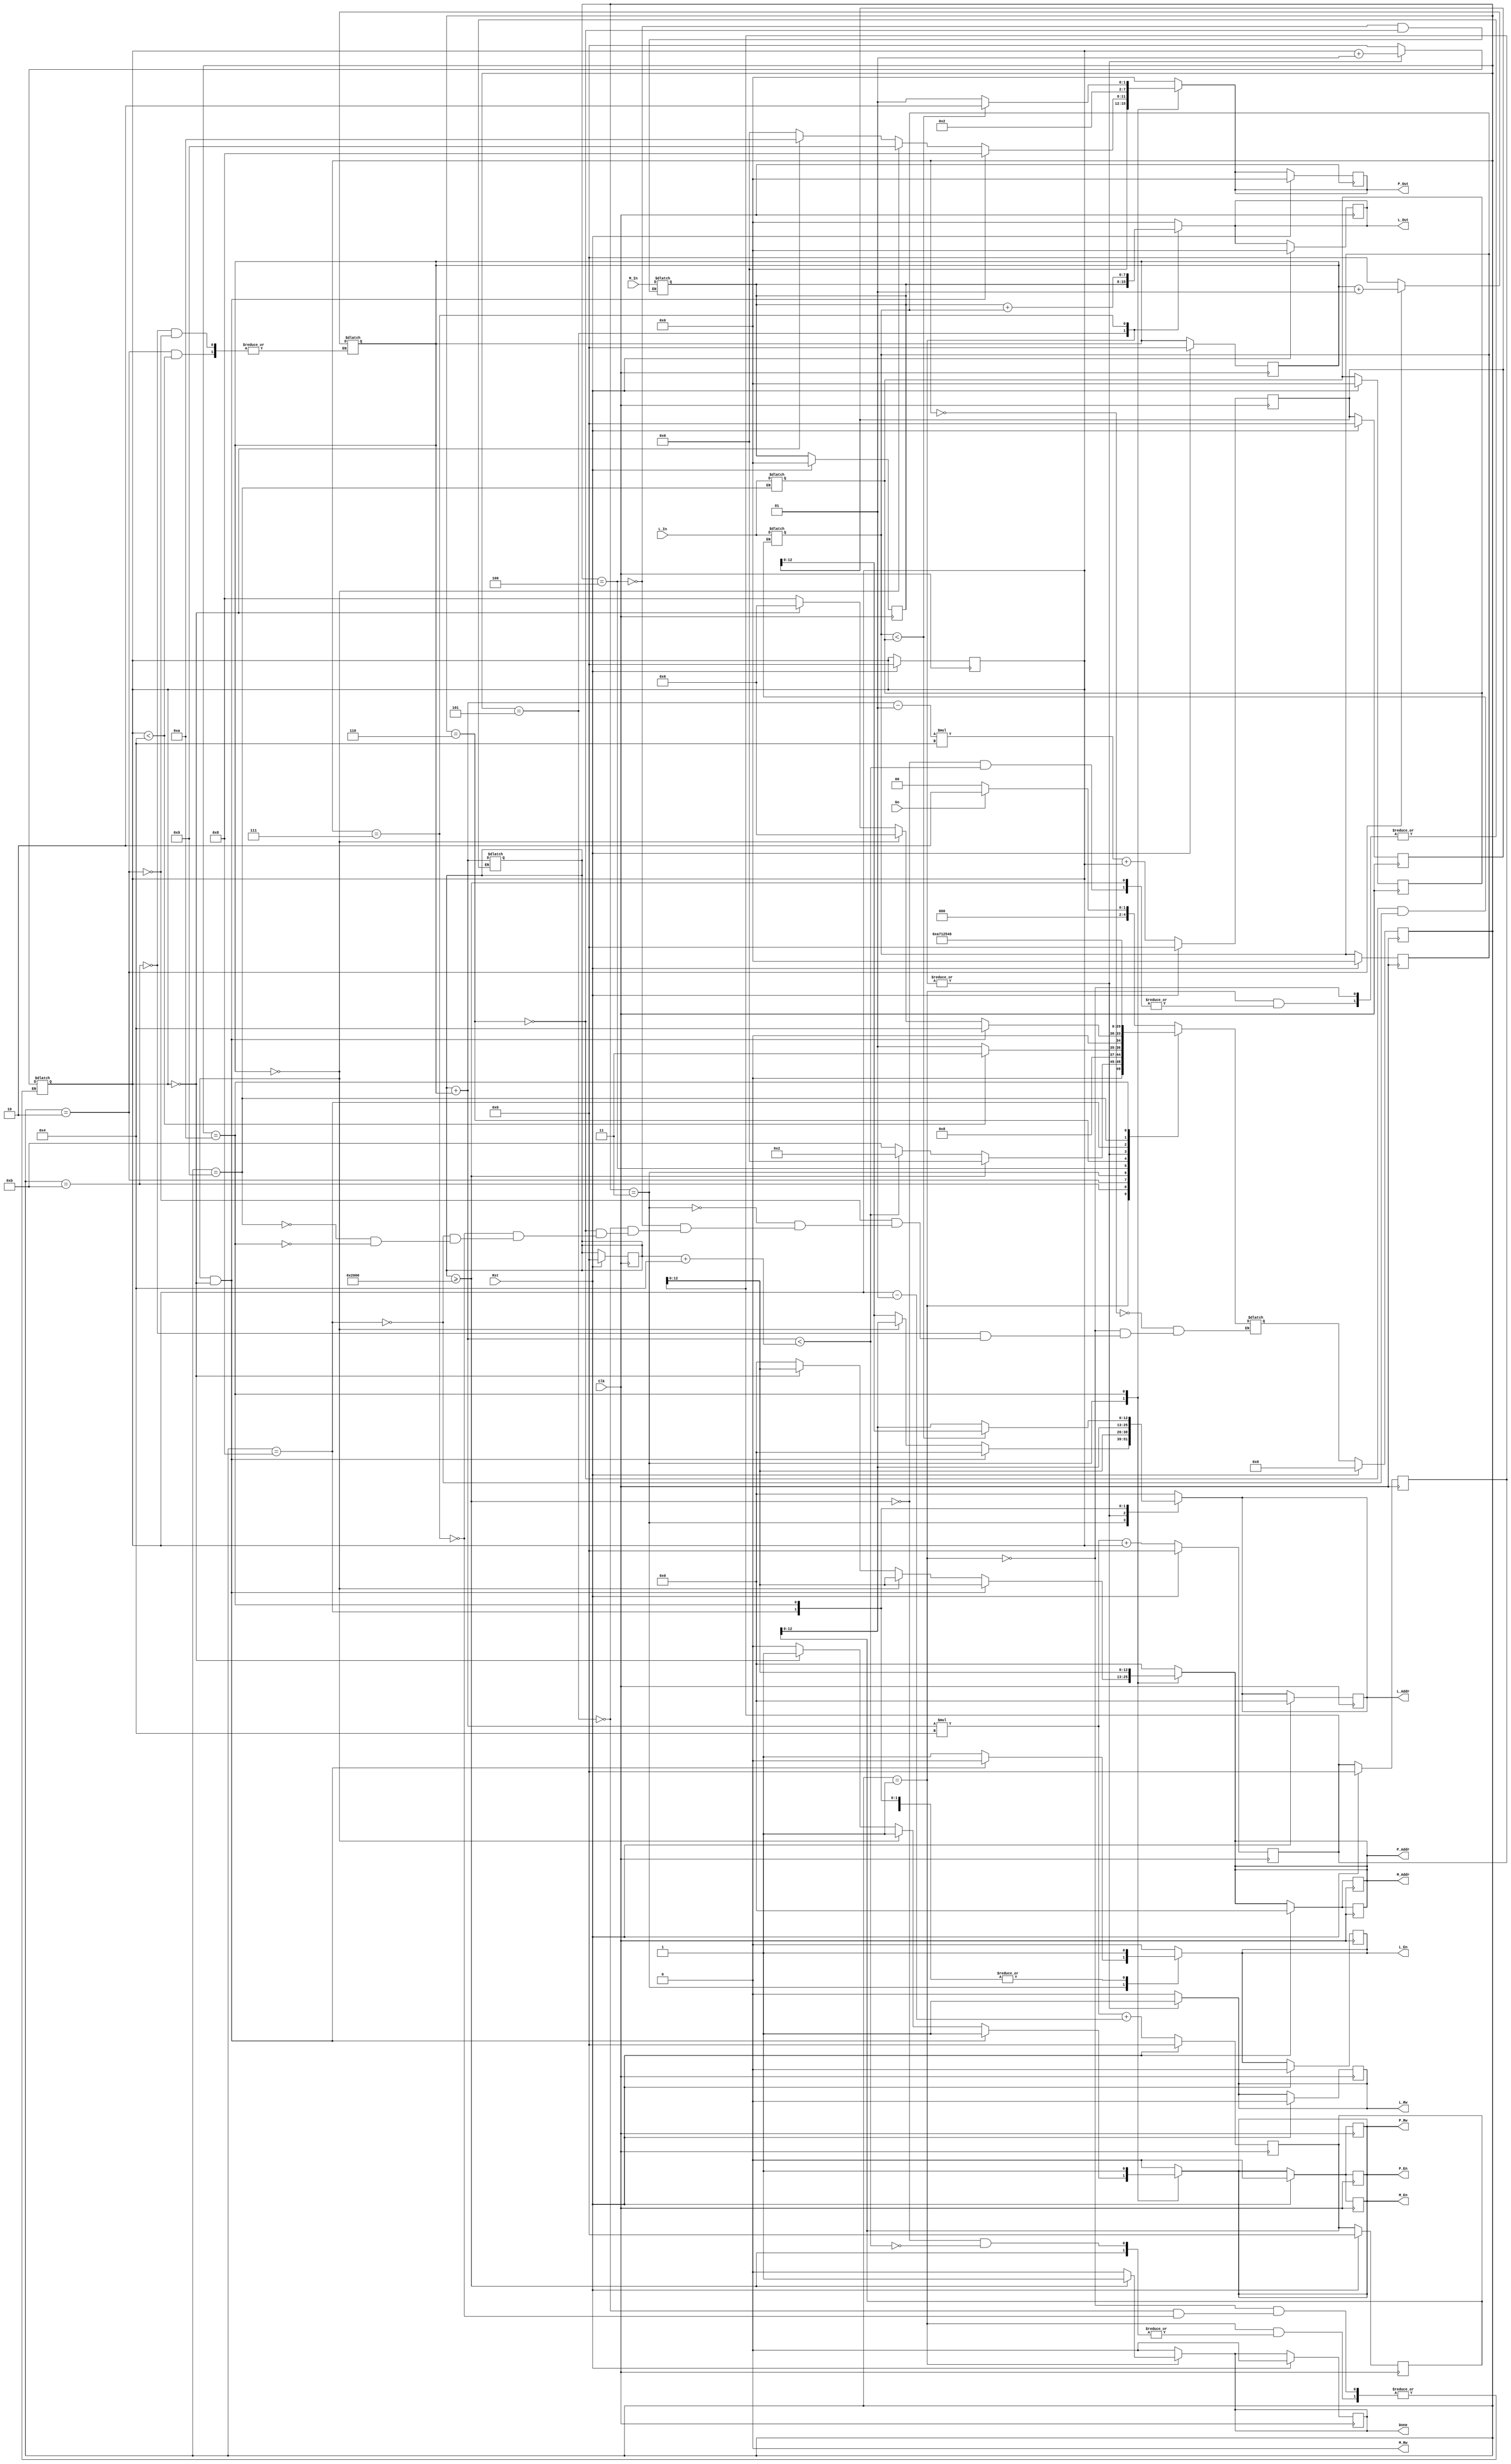

`timescale 1 ns/1 ns
`define MAX 8192
`define SIZE_ROW 4
`define D_WIDTH 8
`define A_WIDTH 13

module ShortestPath_4(Go, Clk, Rst, L_In, M_In, L_Out, P_Out, M_Addr, L_Addr, P_Addr, 
				M_En, M_Rw, L_En, L_Rw, P_En, P_Rw, Done);
	// Inputs
	input Go;
	input Clk, Rst;
	input [(`D_WIDTH - 1):0] L_In, M_In;

	// output regs
	output reg [(`D_WIDTH - 1):0] L_Out;
	output reg [(`D_WIDTH - 1):0] P_Out;
	output reg [(`A_WIDTH - 1):0] M_Addr, L_Addr, P_Addr;
	output reg M_En, M_Rw, L_En, L_Rw, P_En, P_Rw, Done;

	// Controller Variables	
	reg [(`D_WIDTH - 1):0] M_Reg, L_Reg, L_Temp_Reg;
	reg [4:0] State, StateNext;
	
	// Shared Variables
	integer I, I_Base, J;
	
	// Datapath Variables
	integer Addr0, Addr1, Addr2, Addr0Next, Addr1Next, Addr2Next;

	// parameters
	parameter S0 = 4'b0000, S1 = 4'b0001, S2 = 4'b0010, S3 = 4'b0011,
		  S4 = 4'b0100, S4a = 4'b0101, S5 = 4'b0110,
		  S5a = 4'b0111, S6 = 4'b1000, S6a = 4'b1001,
		  S7 = 4'b1010, SI = 4'b1011;
	parameter Start = 8'b0000_1000, Right = 8'b0000_1001, Down = 8'b0000_1010;

	// State Register : Clock Procedure
	always @(posedge Clk) begin
		if(Rst == 1'b1) begin
			// output regs
			L_Out <= {`D_WIDTH{1'b0}}; 
			P_Out <= {`D_WIDTH{1'b0}};
			M_Addr <= {`A_WIDTH{1'b0}};
			L_Addr <= {`A_WIDTH{1'b0}};
			P_Addr <= {`A_WIDTH{1'b0}};
			M_En <= 1'b0;
			M_Rw <= 1'b0;
			L_En <= 1'b0;
			L_Rw <= 1'b0;
			P_En <= 1'b0;
			P_Rw <= 1'b0;
			Done <= 1'b0;
			// internal reg
			M_Reg <= {`D_WIDTH{1'b0}};
			L_Reg <= {`D_WIDTH{1'b0}};
			L_Temp_Reg <={`D_WIDTH{1'b0}};
			I <= 0;
			J <= 0;
			I_Base <= 0;
			Addr0 <= 0;
			Addr1 <= 0;
			Addr2 <= 0;
			// goto S0
			State <= S0;
		end
		else begin
			State <= StateNext;
		end
	end
	
	// State Register : Combinational Logic
	always @(State) begin
		L_Out <= {`D_WIDTH{1'b0}}; 
		P_Out <= {`D_WIDTH{1'b0}};
		M_Addr <= {`A_WIDTH{1'b0}};
		L_Addr <= {`A_WIDTH{1'b0}};
		P_Addr <= {`A_WIDTH{1'b0}};
		M_En <= 1'b0;
		M_Rw <= 1'b0;
		L_En <= 1'b0;
		L_Rw <= 1'b0;
		P_En <= 1'b0;
		P_Rw <= 1'b0;
		Done <= 1'b0;
		case(State)
			S0: begin
				if(Go == 1'b1) begin
					StateNext <= S2;
				end
				else begin
					StateNext <= S0;
				end
			end
			S1: begin
				if(I_Base >= `MAX) begin
					Done <= 1'b1;
					StateNext <= S0;
				end
				else if(I_Base + I < I_Base + `SIZE_ROW) begin
					J <= 0;
					StateNext <= S2;
				end
				else begin
					I_Base <= I_Base + I;
					StateNext <= SI;	
				end
			end
			SI: begin
				I <= 0; 
				StateNext <= S1;
			end
			S2: begin
				if(J < `SIZE_ROW) begin
					StateNext <= S3;
				end
				else begin
					I <= I + 1;
					StateNext <= S1;
				end
			end
			S3: begin
				if(I == 0 && J == 0) begin
					P_Out <= Start;
					P_En <= 1'b1;
					P_Rw <= 1'b1; // write P
					P_Addr <= Addr0;
					M_En <= 1'b1;
					M_Rw <= 1'b0; // read M	
					M_Addr <= Addr0;				
					StateNext <= S4;
				end
				else if(I == 0) begin
					P_Out <= Right;
					P_En <= 1'b1;
					P_Rw <= 1'b1; // write P
					P_Addr <= Addr0;
					M_En <= 1'b1;
					M_Rw <= 1'b0; // read M	
					M_Addr <= Addr0;				
					L_En <= 1'b1;
					L_Rw <= 1'b0; // read L
					L_Addr <= Addr2;				
					StateNext <= S5;
					end
				else if(J == 0) begin
					P_Out <= Down;
					P_En <= 1'b1;
					P_Rw <= 1'b1; // write P
					P_Addr <= Addr0;
					M_En <= 1'b1;
					M_Rw <= 1'b0; // read M	
					M_Addr <= Addr0;			
					L_En <= 1'b1;
					L_Rw <= 1'b0; // read L
					L_Addr <= Addr1;				
					StateNext <= S5;	
				end
				else begin
					L_En <= 1'b1;
					L_Rw <= 1'b0; // read L
					L_Addr <= Addr1;				
					StateNext <= S6;
				end
			end
			S4: begin
				#5;
				M_Reg <= M_In;
				StateNext <= S4a;
			end
			S4a: begin
				#5;
				L_Out <= M_Reg;
				L_En <= 1'b1;
				L_Rw <= 1'b1; // write L
				L_Addr <= Addr0;
				J <= J + 1; // plus J by 1
				StateNext <= S2;
			end
			S5: begin
				#5;
				M_Reg <= M_In;
				L_Reg <= L_In;
				StateNext <= S5a;
			end
			S5a: begin
				#5;
				L_Out <= M_Reg + L_Reg;
				L_En <= 1'b1;
				L_Rw <= 1'b1; // write L
				L_Addr <= Addr0;
				J <= J + 1; // plus J by 1
				StateNext <= S2;
			end
			S6: begin
				#5;
				L_Reg <= L_In;
				L_En <= 1'b1;
				L_Rw <= 1'b0; // read L
				L_Addr <= Addr2;				
				StateNext <= S6a;	
			end
			S6a: begin
				#5;
				L_Temp_Reg <= L_In;
				StateNext <= S7;
			end
			S7: begin
				#5;
				if(L_Reg < L_Temp_Reg) begin
					P_Out <= Down;
					P_En <= 1'b1;
					P_Rw <= 1'b1; // write P
					P_Addr <= Addr0;
					M_En <= 1'b1;
					M_Rw <= 1'b0; // read M 
					M_Addr <= Addr0;			
					L_En <= 1'b1;
					L_Rw <= 1'b0; // read L 
					L_Addr <= Addr1;				
					StateNext <= S5;	
				end
				else begin
					P_Out <= Right;
					P_En <= 1'b1;
					P_Rw <= 1'b1; // write P
					P_Addr <= Addr0;
					M_En <= 1'b1;
					M_Rw <= 1'b0; // read M	
					M_Addr <= Addr0;			
					L_En <= 1'b1;
					L_Rw <= 1'b0; // read L
					L_Addr <= Addr2;				
					StateNext <= S5;
				end	
			end
		endcase
	end

	// Datapath Register : Clock Procedure
	always @(posedge Clk) begin
		if(Rst == 1'b1) begin
			Addr0 <= 0;
			Addr1 <= 0;
			Addr2 <= 0;
		end
		else begin
			Addr0 <= Addr0Next;
			Addr1 <= Addr1Next;
			Addr2 <= Addr2Next;
		end
	end

	// Datapath : Combinational Logic
	always @(J, I, I_Base) begin
		Addr0Next <= (I_Base + I) * `SIZE_ROW + J;
		Addr1Next <= (I_Base + I - 1) * `SIZE_ROW + J;
		Addr2Next <= (I_Base + I) * `SIZE_ROW + (J - 1);
	end

endmodule